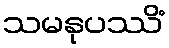
သမနုပဿိံ